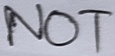
Text: NOT